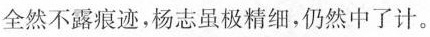
全然不露痕迹，杨志虽极精细，仍然中了计。